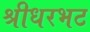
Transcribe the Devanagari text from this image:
श्रीधरभट